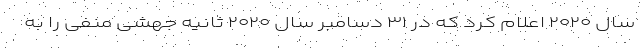
سال ۲۰۲۰ اعلام کرد که در ۳۱ دسامبر سال ۲۰۲۰ ثانیه جهشی منفی را به